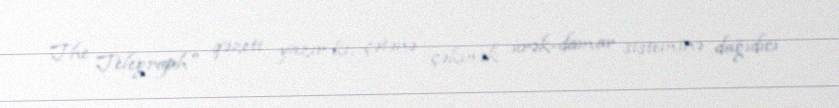
The Telegraph" qəzeti yazır ki, çətənə çəkmək ürək-damar sisteminə dağıdıcı